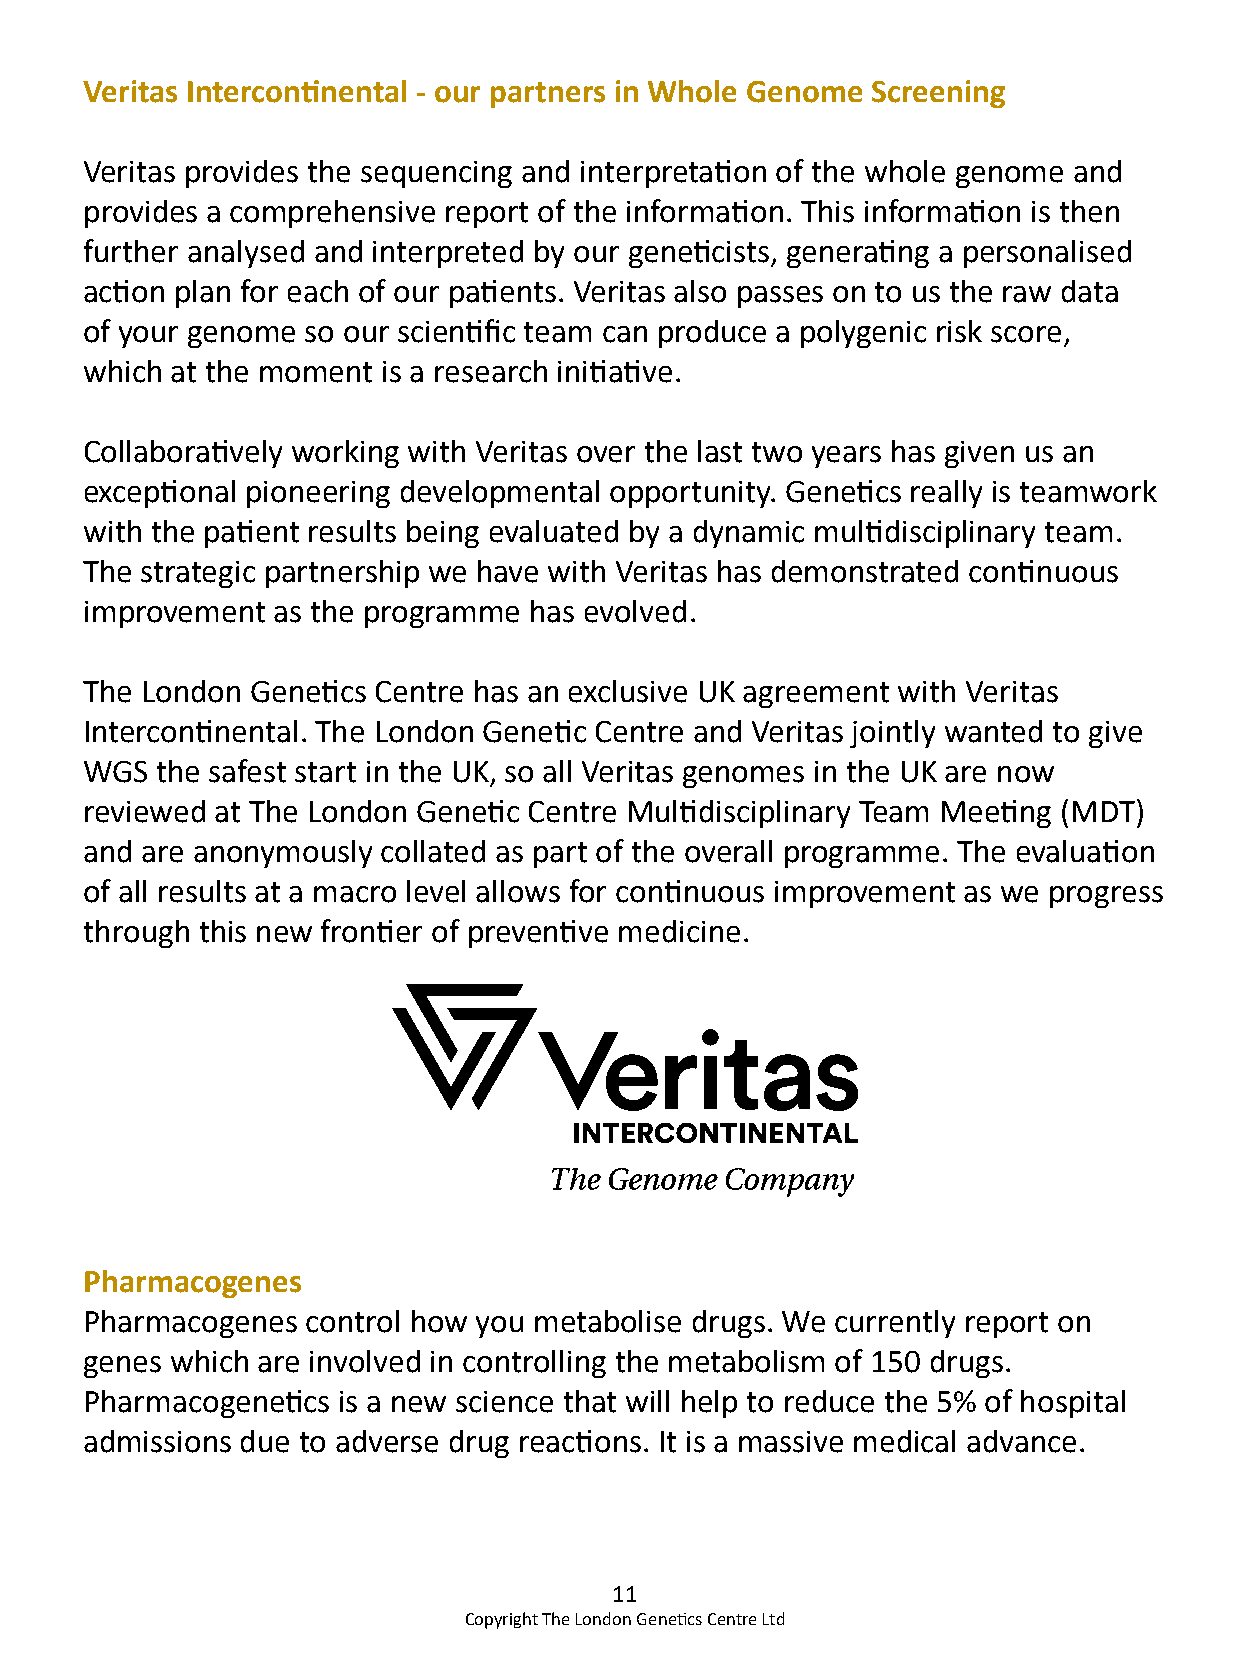
Veritas Intercontinental - our partners in Whole Genome Screening
 Veritas provides the sequencing and interpretation of the whole genome and
 provides a comprehensive report of the information. This information is then
 further analysed and interpreted by our geneticists, generating a personalised
 action plan for each of our patients. Veritas also passes on to us the raw data
 of your genome so our scientific team can produce a polygenic risk score,
 which at the moment is a research initiative.
 Collaboratively working with Veritas over the last two years has given us an
 exceptional pioneering developmental opportunity. Genetics really is teamwork
 with the patient results being evaluated by a dynamic multidisciplinary team.
 The strategic partnership we have with Veritas has demonstrated continuous
 improvement as the programme has evolved.
 The London Genetics Centre has an exclusive UK agreement with Veritas
 Intercontinental. The London Genetic Centre and Veritas jointly wanted to give
 WGS the safest start in the UK, so all Veritas genomes in the UK are now
 reviewed at The London Genetic Centre Multidisciplinary Team Meeting (MDT)
 and are anonymously collated as part of the overall programme. The evaluation
 of all results at a macro level allows for continuous improvement as we progress
 through this new frontier of preventive medicine.
 Pharmacogenes
 Pharmacogenes control how you metabolise drugs. We currently report on
 genes which are involved in controlling the metabolism of 150 drugs.
 Pharmacogenetics is a new science that will help to reduce the 5% of hospital
 admissions due to adverse drug reactions. It is a massive medical advance.
 11
 Copyright The London Genetics Centre Ltd